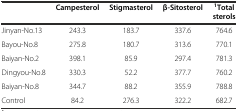
|  | Campesterol | Stigmasterol | β-Sitosterol | 1Total sterols |
 | --- | --- | --- | --- | --- |
 | Jinyan-No.13 | 243.3 | 183.7 | 337.6 | 764.6 |
 | Bayou-No.8 | 275.8 | 180.7 | 313.6 | 770.1 |
 | Baiyan-No.2 | 398.1 | 85.9 | 297.4 | 781.3 |
 | Dingyou-No.8 | 330.3 | 52.2 | 377.7 | 760.2 |
 | Baiyan-No.8 | 344.7 | 88.2 | 355.9 | 788.8 |
 | Control | 84.2 | 276.3 | 322.2 | 682.7 |